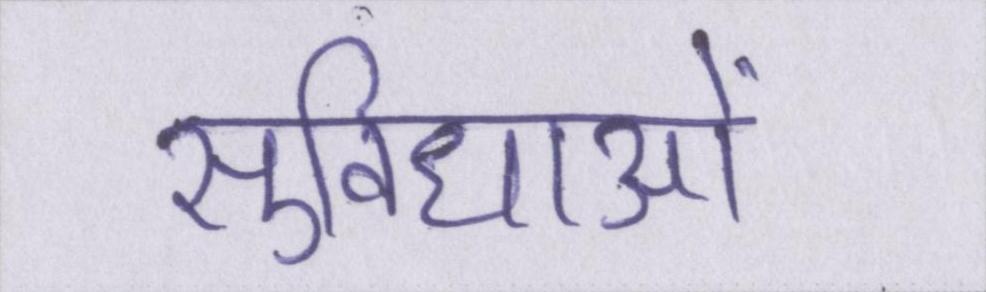
सुविधाओं